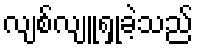
လျစ်လျူရှုခဲ့သည်